Bréfritari: Sigríður Pálsdóttir
Viðtakandi: Páll Pálsson
Dagsetning: A-1861-06-26
Skrifað á: Breiðabólsstað  Rang.
Páll var bróðir Sigríðar

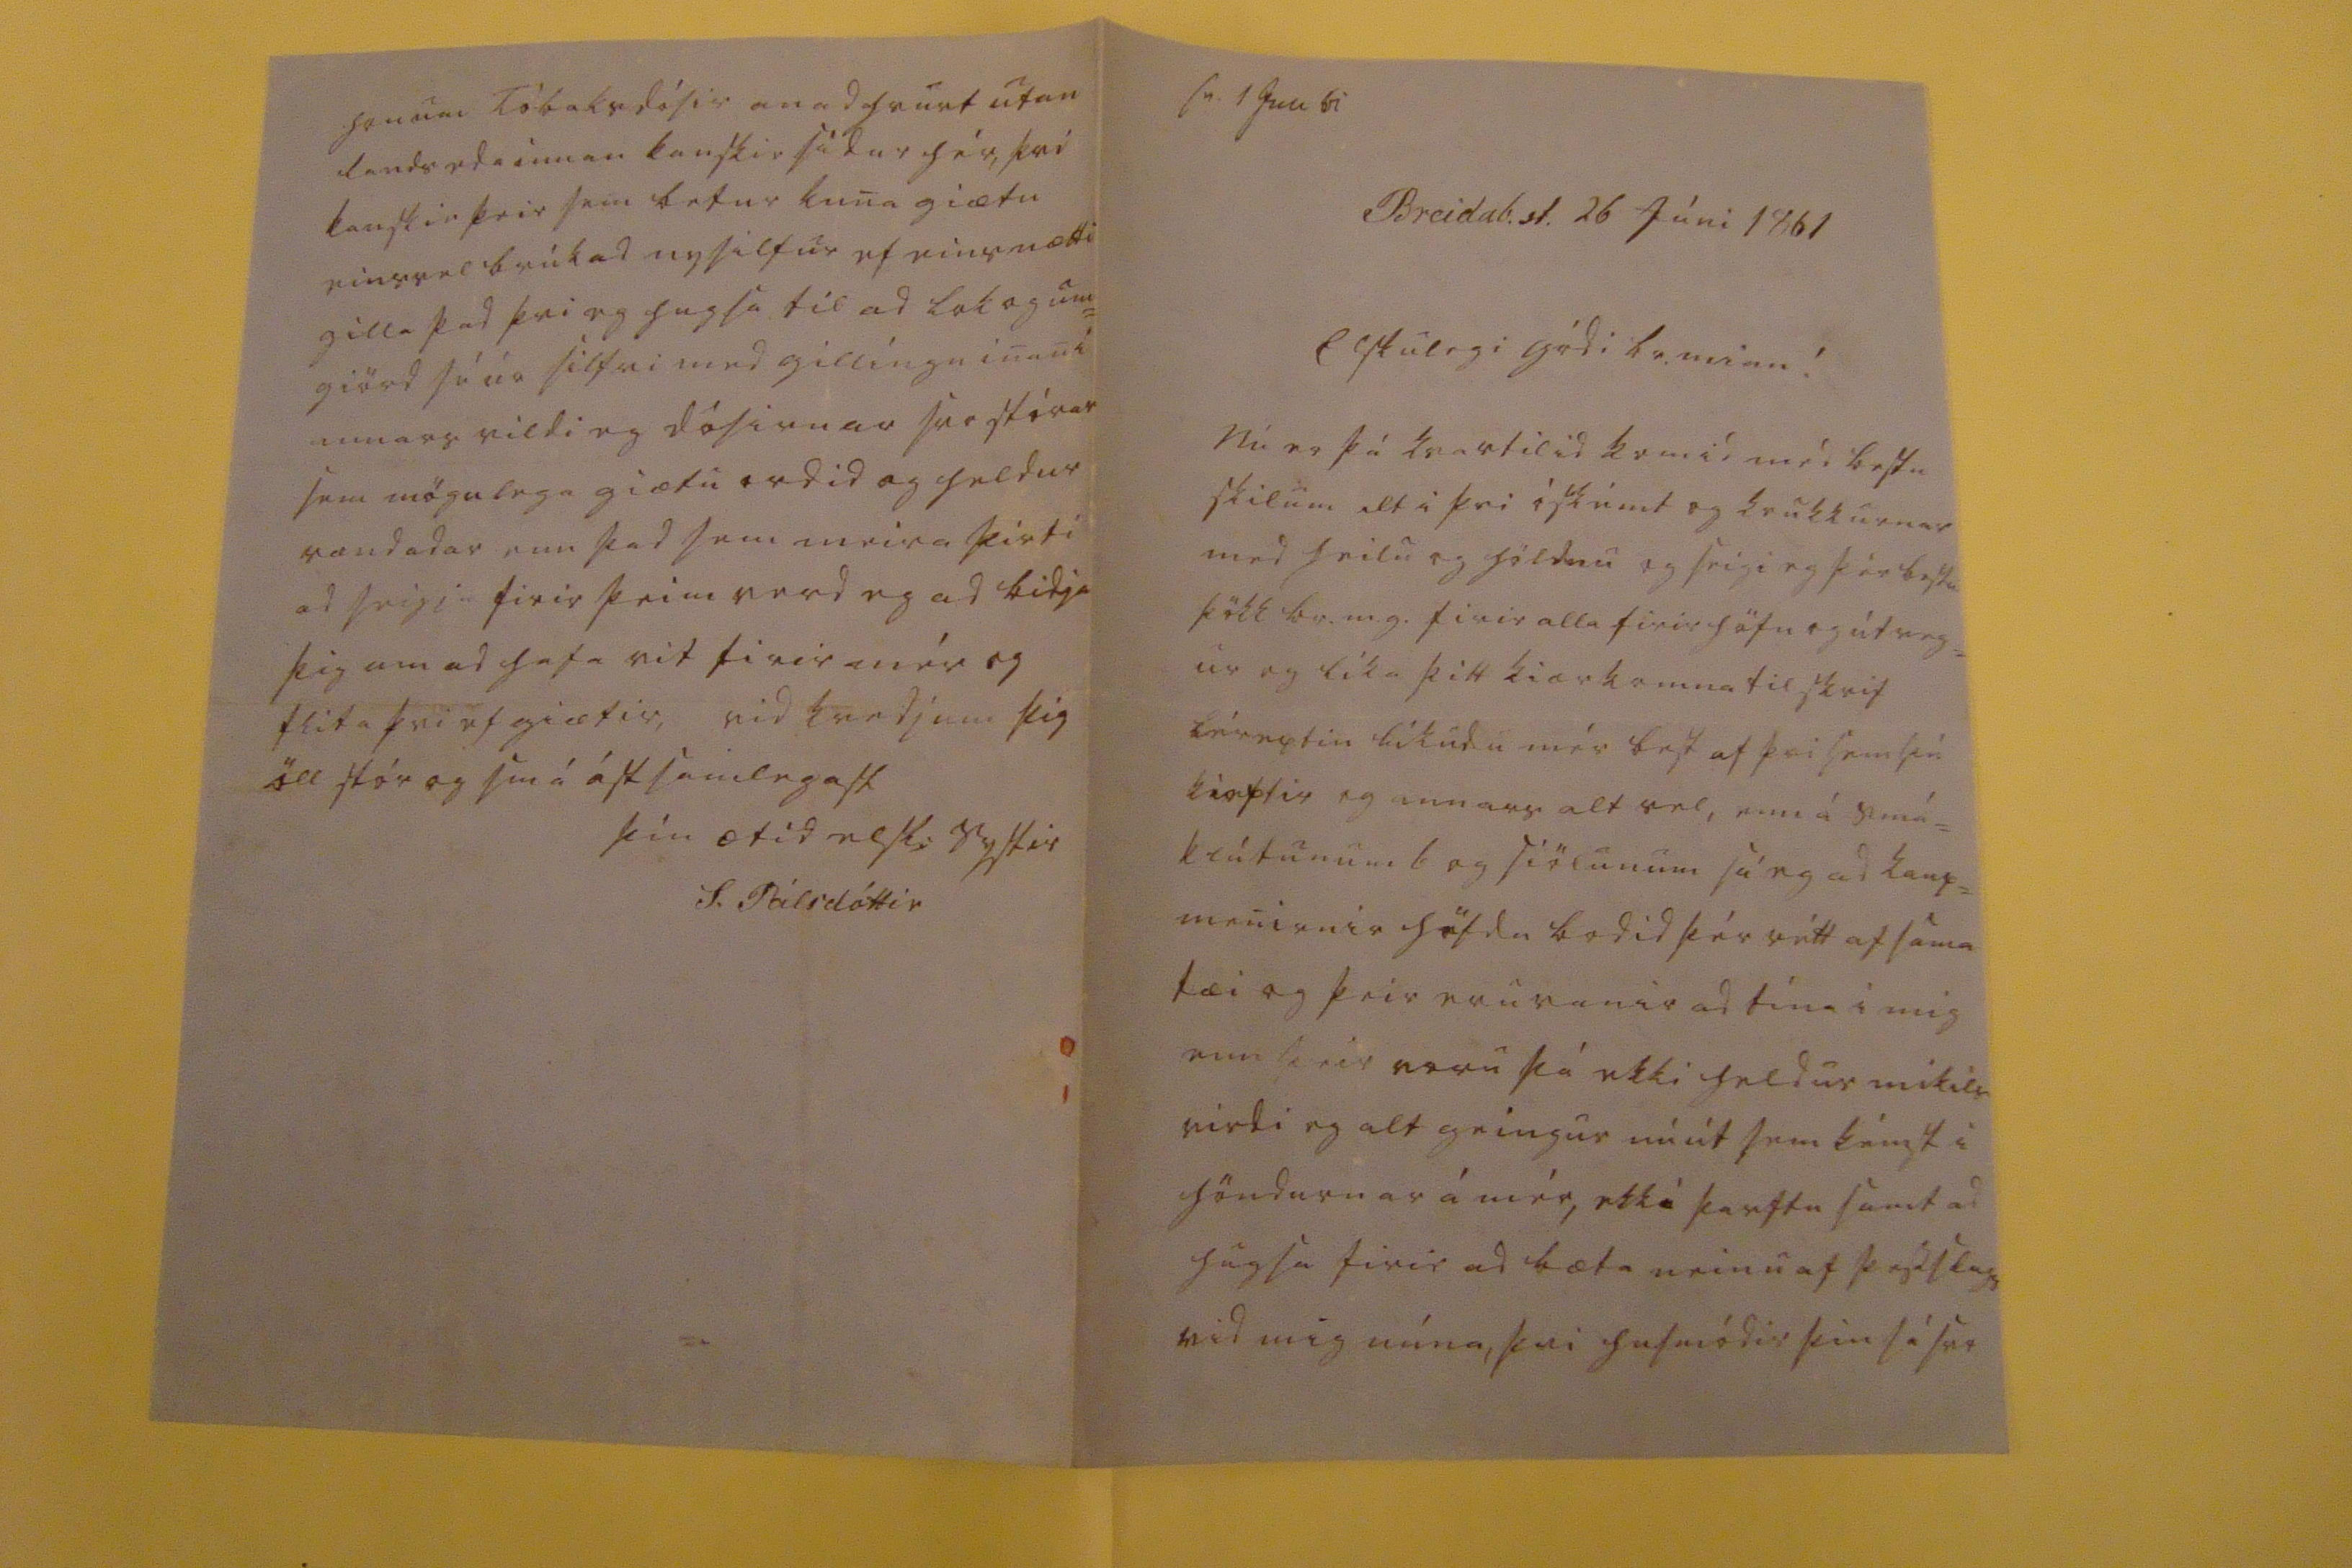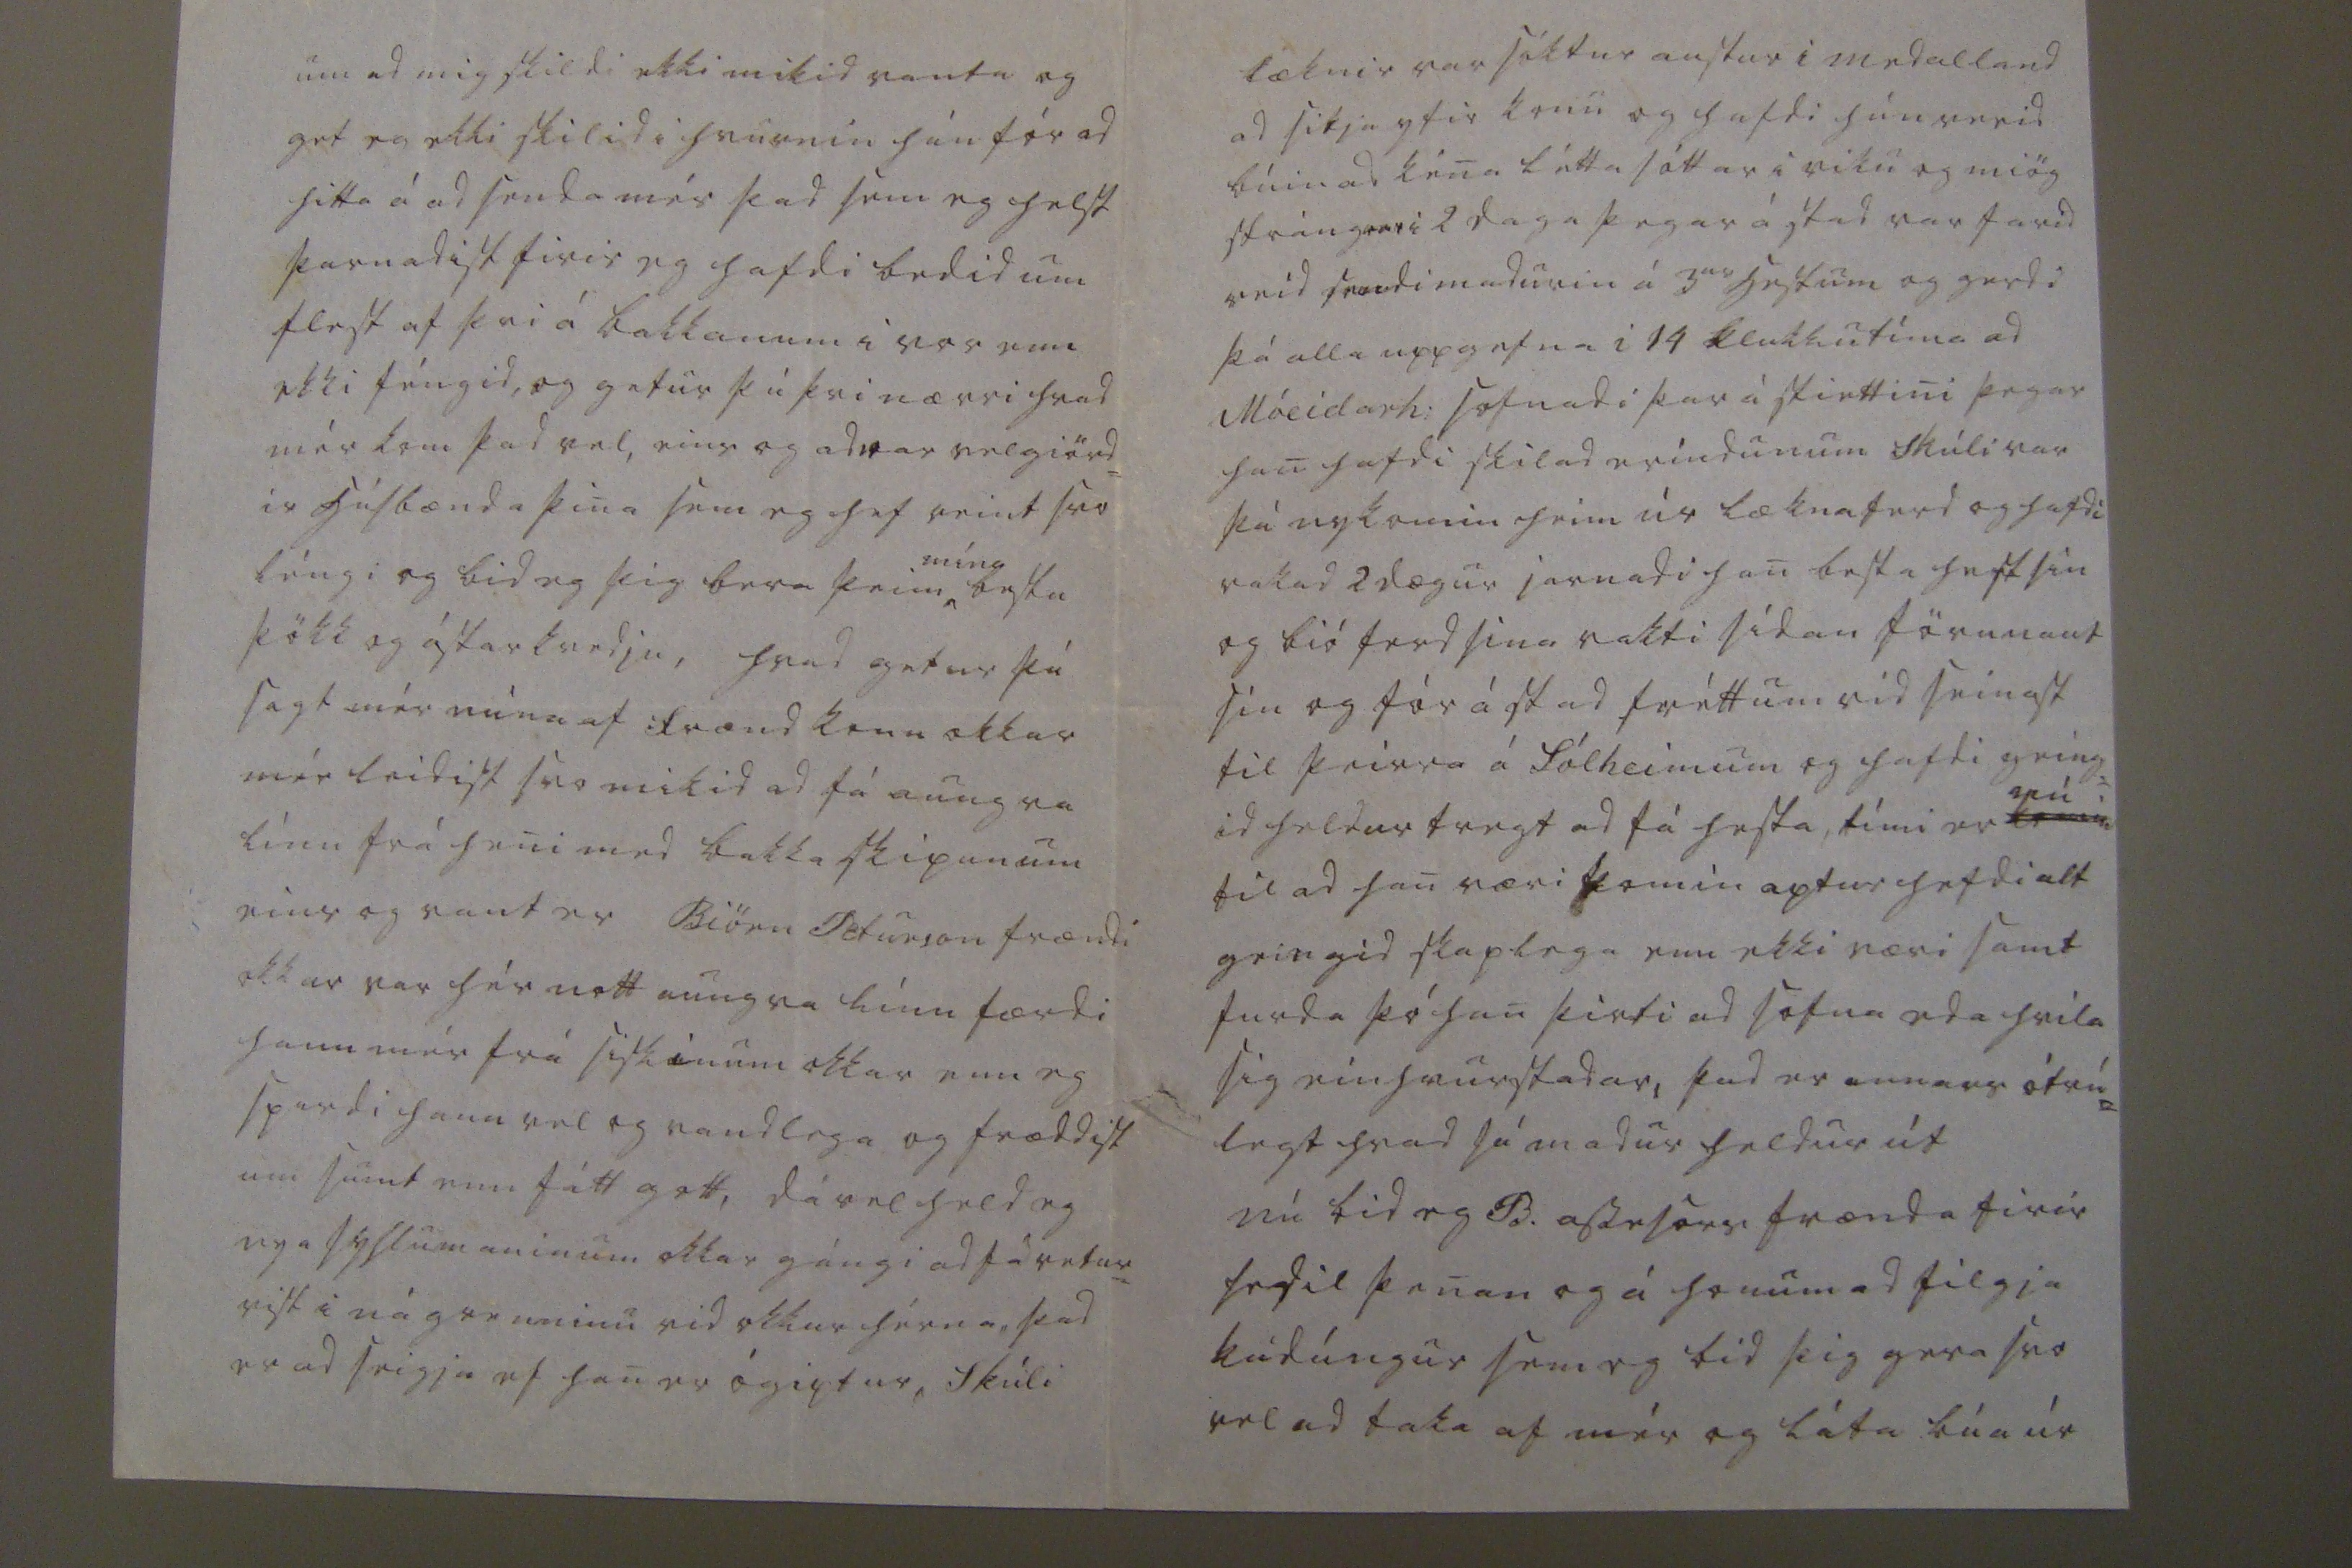

sv 1 Juli 61
Breidab.st. 26 Júni 1861
Elskulegi gódi br. minn!
Nú er þá kvartilid komid med bestu skilum alt i þvi óskémt og krukkurnar med heilu og höldnu og seigi eg þér bestu þökk br.m.g. firir alla firirhöfn og útveg= ur og líka þitt kiærkomna tilskrif héreptir líkudu mér best af þvi sem þú kieptir eg annars alt vel, enn á smá= klútunum 6 og siölunum sá eg ad kaup= menirnir höfdu bodid þér rétt af sama tæi og þeir eru vanir ad tína í mig enn þeir voru þá ekki heldur mikils virdi og alt geingur nú út sem kémst i höndurnar á mér, ekki þarftu samt ad hugsa firir ad bæta neinu af þessslags vid mig núna, þvi husmódir þin sá svo
um ad mig skildi ekki mikid vanta og get eg ekki skilid i hvurnin hún fór ad hitta á ad senda mér þad sem eg helst þarnadist firir eg hafdi bedid um flest af þvi á bakkanum i vor enn ekki féngid, og getur þú þvi nærri hvad mér kom þad vel, eins og adrar velgiörd= ir húsbænda þina sem eg hef reint svo léngi og bid eg þig bera þeim
mína
bestu þökk og ástarkvedju, hvad getur þú sagt mér núna af frændkonu okkar mér leidist svo mikid ad fá aungva línu frá heni med bakkaskipunum eins og vant er Biörn Peturson frændi okkar var hér nott aungva línu færdi hann mér frá siskinum okkar enn eg spurdi hann vel og vandlega og fræddist um sumt enn fátt gott, dável held eg nya syslumaninum okkar gángi ad fá vetur= vist i nágrenninu vid okkur hérna þad er ad seigja ef han er ógiptur, Skúli
læknir var sóktur austur i medalland ad sikja yfir konu og hafdi hún verid búin ad kéna látta sótta i viku og miög strángvari 2 daga þegar á stad var farid reid sendimadurin á 3
ur
hestum og gerdi þá alla uppgefna i 14 klukkutíma ad Móeidarh: sofnadi þar ástiettini þegar han hafdi skilad eríndunum Skúli var þá nykomin heim úr læknaferd og hafdi vakad 2 dægur jarnadi han besta hest sin og bió ferd sina vakti sídan förunaut sin og fór á stad fréttum vid seinast til þeirra á Sólheimum og hafdi geing= id heldur tregt ad fá hesta, tími er
nú
komin
til ad han væri komin aptur hefdi alt geingid skaplega enn ekki væri samt ferda þó han þirti ad sofna eda hvila sig einhvurstadar, þad er annars ótrú= legt hvad sá madur heldur út nú bid eg B. asse
sors
frænda firir sedil þenan og á honum ad filgja kudúngur sem eg bid þig gera svo vel ad taka af mér og láta búa úr
honum Tóbaksdósir anadhvurt utan lands eda innan kanskie sídur hér, því kanskie þeir sem betur kuna giætu einsvel brúkad nysilfur ef eins mætti gilla þad þvi eg hugsa til ad lok og um= giörd sé úr silfri med gillíngu inan i annars vildi eg dósirnar svo stórar sem mögulega giætu ordid og heldur vandadar enn þad sem meira þirti ad seigja firir þeim verd eg ad bidja þig um ad hafa vit firir mér og flita þvi ef giætir, vid kvedjum þig öll stór og smá á ástsamlegast
þín ætid elsk: systir
S. Pálsdóttir